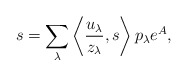
\begin{align*}s = \sum_{\lambda} \left\langle \frac{u_\lambda}{z_\lambda}, s \right\rangle p_\lambda e^A, \end{align*}